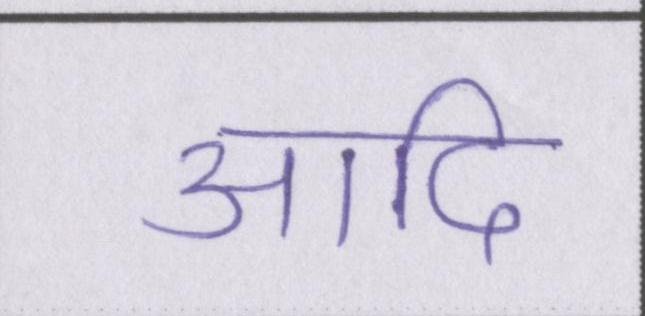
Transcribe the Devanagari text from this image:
आदि